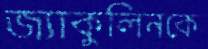
জ্যাকুলিনকে